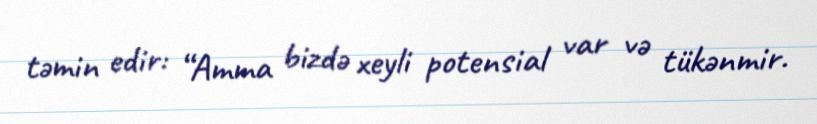
təmin edir: “Amma bizdə xeyli potensial var və tükənmir.